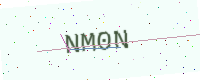
Text: NM0N